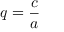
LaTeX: q = { \frac { c } { a } }